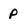
Character: p